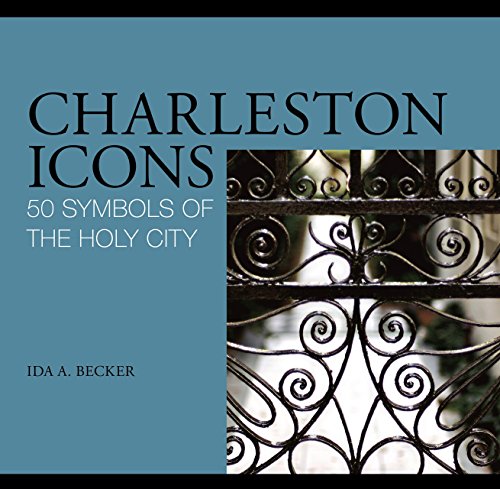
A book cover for Charleston Icons: 50 Symbols of the Holy City; Ida A. Becker; Travel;